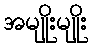
အမျိုးမျိုး